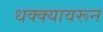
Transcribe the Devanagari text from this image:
धक्क्यावरून